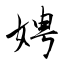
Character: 娉